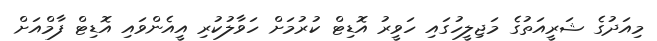
މިއަދުގެ ޝަރީއަތުގެ މަޖިލީހުގައި ހަވީރު އޮޑިޓް ކުރުމަށް ހަވާލުކުރި އީއެންވައި އޮޑިޓް ފާމްއަށް